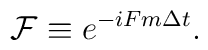
\mathcal{F} \equiv e^{-iFm \Delta t}.